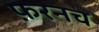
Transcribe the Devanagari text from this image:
फ़रनच